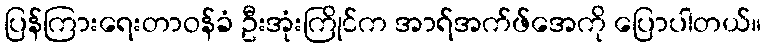
ပြန်ကြားရေးတာဝန်ခံ ဦးအုံးကြိုင်က အာရ်အက်ဖ်အေကို ပြောပါတယ်။